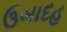
ઉબાદહ